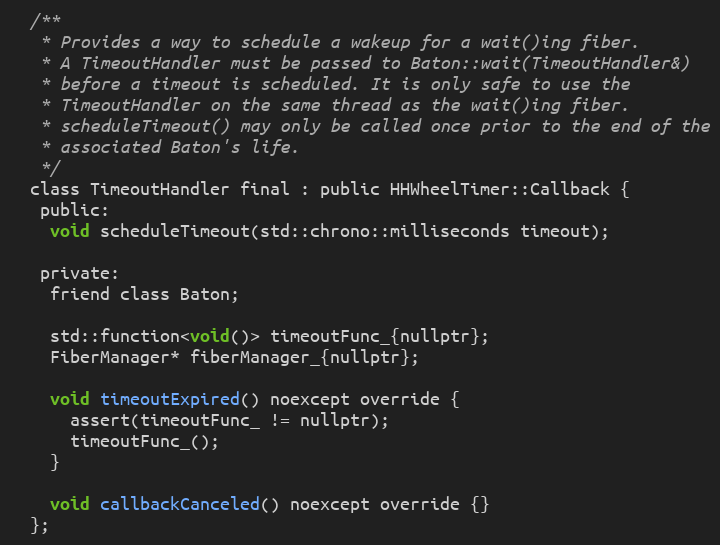
Language: C
  /**
   * Provides a way to schedule a wakeup for a wait()ing fiber.
   * A TimeoutHandler must be passed to Baton::wait(TimeoutHandler&)
   * before a timeout is scheduled. It is only safe to use the
   * TimeoutHandler on the same thread as the wait()ing fiber.
   * scheduleTimeout() may only be called once prior to the end of the
   * associated Baton's life.
   */
  class TimeoutHandler final : public HHWheelTimer::Callback {
   public:
    void scheduleTimeout(std::chrono::milliseconds timeout);

   private:
    friend class Baton;

    std::function<void()> timeoutFunc_{nullptr};
    FiberManager* fiberManager_{nullptr};

    void timeoutExpired() noexcept override {
      assert(timeoutFunc_ != nullptr);
      timeoutFunc_();
    }

    void callbackCanceled() noexcept override {}
  };